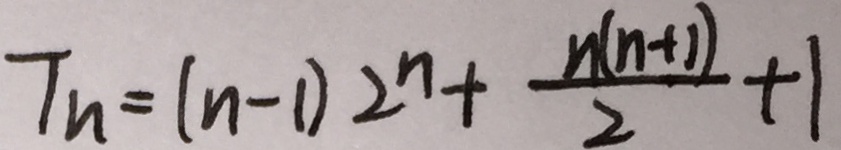
T _ { n } = ( n - 1 ) 2 ^ { n } + \frac { n ( n + 1 ) } { 2 } + 1